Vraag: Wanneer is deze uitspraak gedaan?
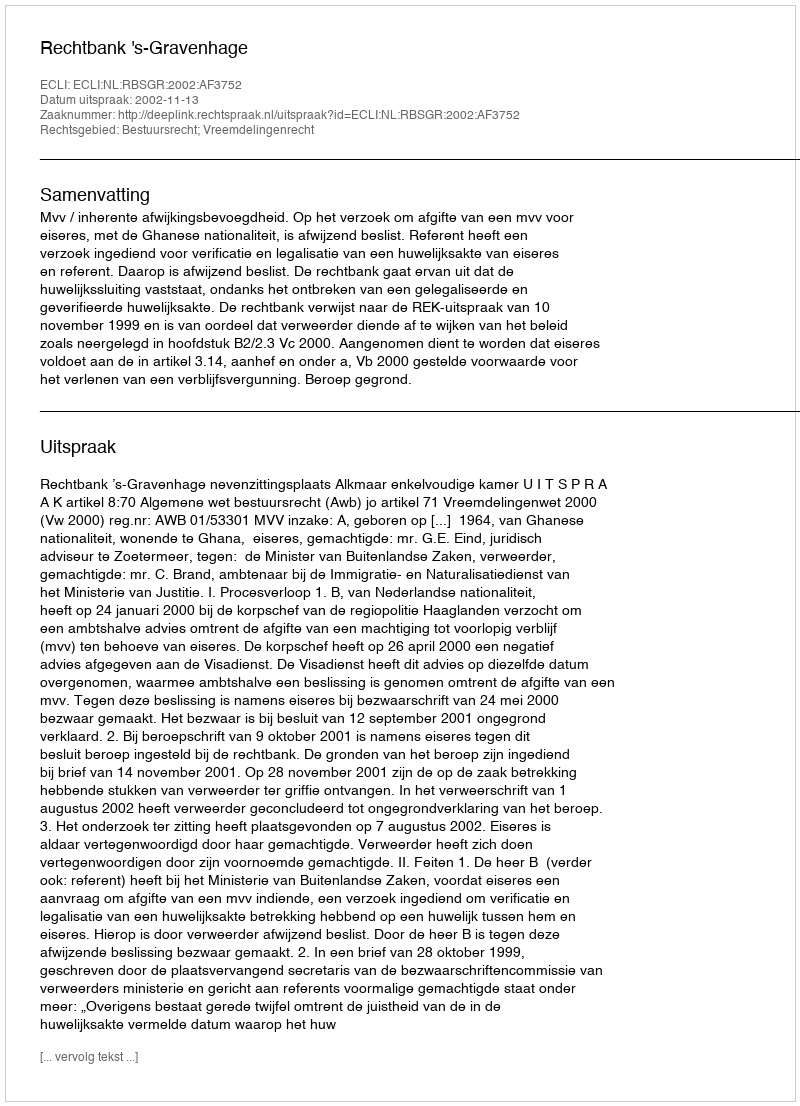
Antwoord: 2002-11-13